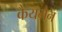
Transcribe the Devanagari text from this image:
कैयमैन